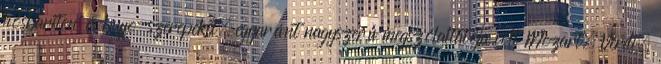
hősbariton és buffo-szerepeket, egyaránt nagyszerű megszólaltatója volt Mozart, Verdi,